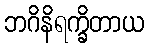
ဘဂိနိရက္ခိတာယ